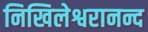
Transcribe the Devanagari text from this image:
निखिलेश्वरानन्द